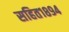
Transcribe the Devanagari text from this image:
सहित१८९४